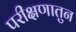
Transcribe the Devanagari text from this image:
परीक्षणातुन